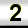
Digit: 2